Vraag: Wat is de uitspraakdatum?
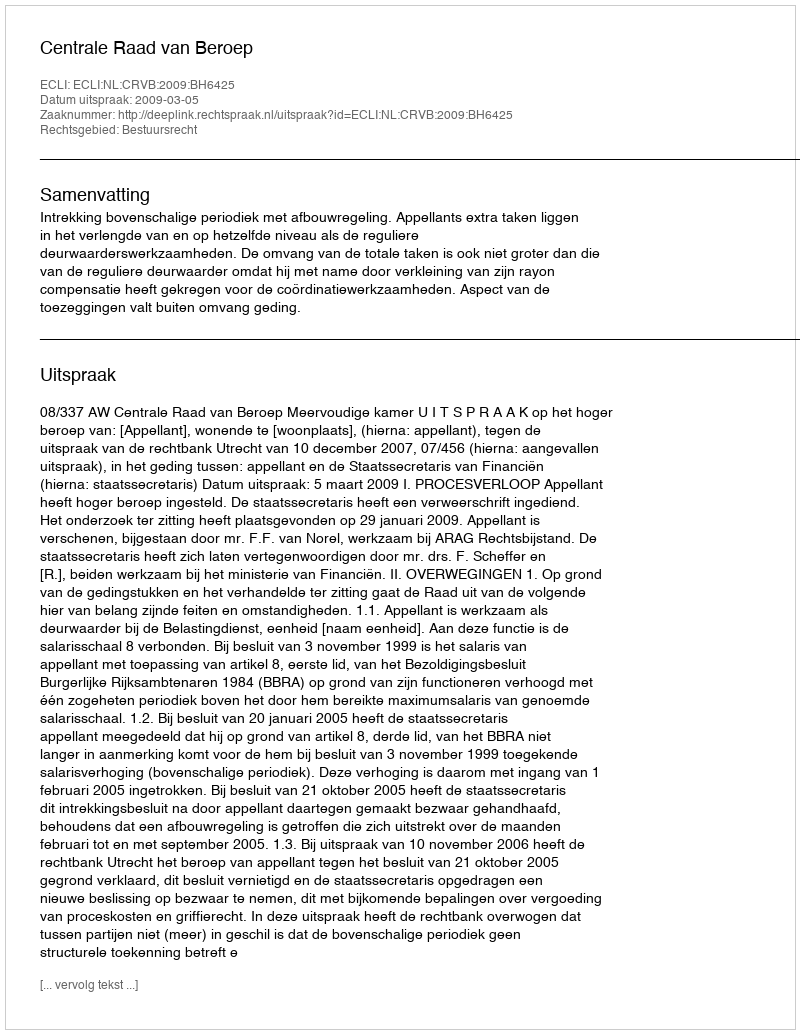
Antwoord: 2009-03-05